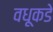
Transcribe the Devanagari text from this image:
वधूकडे